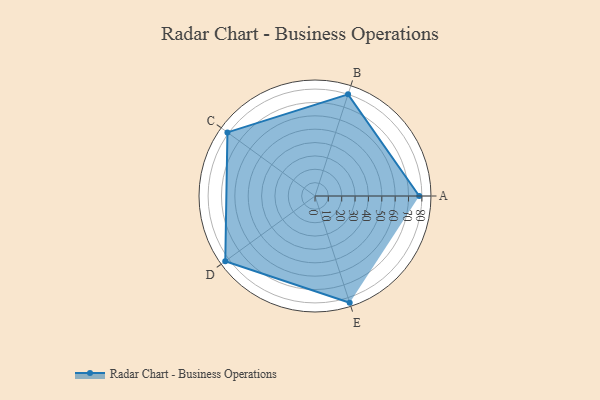
{"axis": {"x": "Skill", "y": "Score"}, "legend": ["Profile"], "data": [{"x": "A", "y": 78.0, "type": "Profile"}, {"x": "B", "y": 80.0, "type": "Profile"}, {"x": "C", "y": 81.0, "type": "Profile"}, {"x": "D", "y": 83.0, "type": "Profile"}, {"x": "E", "y": 84.0, "type": "Profile"}]}